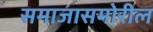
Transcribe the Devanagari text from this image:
समाजासमोरील